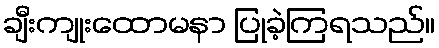
ချီးကျုးထောမနာ ပြုခဲ့ကြရသည်။